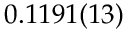
0 . 1 1 9 1 ( 1 3 )